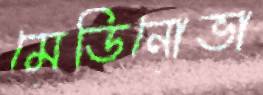
মেডিনোভা